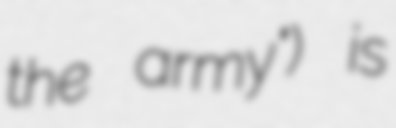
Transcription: the army") is